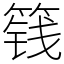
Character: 篯